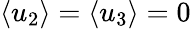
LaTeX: \left\langle{{u_{2}}}\right\rangle=\left\langle{{u_{3}}}\right\rangle=0